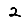
Digit: 2